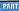
part